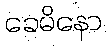
ခေမိနော